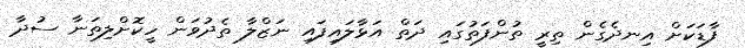
ފާޑަކަށް އިނދެގެން ތިރީ ތުންފަތުގައި ދަތް އަޅާލައިފައި ނަޒްލާ ތެދުވަން ހީކޮށްލިތަނާ ސުދާ